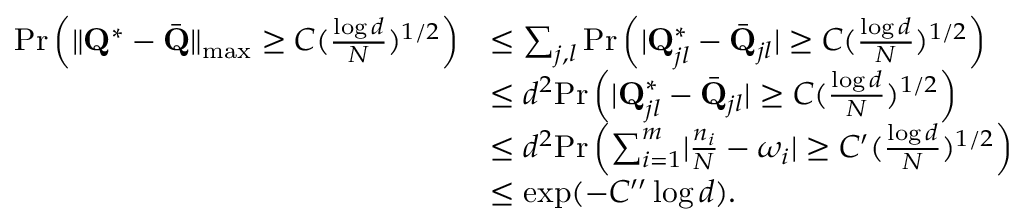
\begin{array} { r l } { \mathrm { P r } \left( \| \mathbf { Q } ^ { * } - \bar { \mathbf { Q } } \| _ { \operatorname* { m a x } } \geq C ( \frac { \log d } { N } ) ^ { 1 / 2 } \right) } & { \leq \sum _ { j , l } \mathrm { P r } \left( \lvert \mathbf { Q } _ { j l } ^ { * } - \bar { \mathbf { Q } } _ { j l } \rvert \geq C ( \frac { \log d } { N } ) ^ { 1 / 2 } \right) } \\ & { \leq d ^ { 2 } \mathrm { P r } \left( \lvert \mathbf { Q } _ { j l } ^ { * } - \bar { \mathbf { Q } } _ { j l } \rvert \geq C ( \frac { \log d } { N } ) ^ { 1 / 2 } \right) } \\ & { \leq d ^ { 2 } \mathrm { P r } \left( \sum _ { i = 1 } ^ { m } \lvert \frac { n _ { i } } { N } - \omega _ { i } \rvert \geq C ^ { \prime } ( \frac { \log d } { N } ) ^ { 1 / 2 } \right) } \\ & { \leq \exp ( - C ^ { \prime \prime } \log d ) . } \end{array}